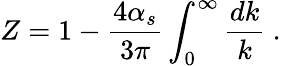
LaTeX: Z=1-\frac{4\alpha_{s}}{3\pi}\int_{0}^{\infty}\frac{dk}{k}~.